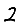
Digit: 2